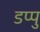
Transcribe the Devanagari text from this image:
डप्पु